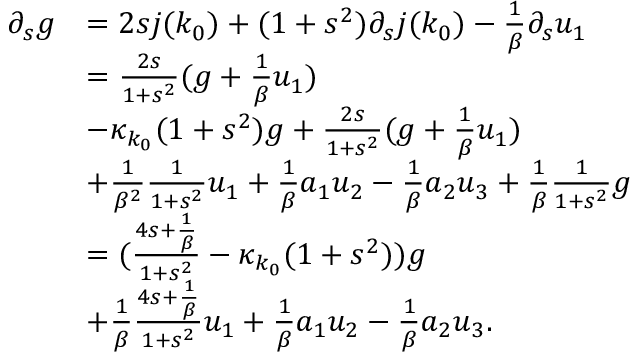
\begin{array} { r l } { \partial _ { s } g } & { = 2 s j ( k _ { 0 } ) + ( 1 + s ^ { 2 } ) \partial _ { s } j ( k _ { 0 } ) - \frac 1 \beta \partial _ { s } u _ { 1 } } \\ & { = \frac { 2 s } { 1 + s ^ { 2 } } ( g + \frac 1 \beta u _ { 1 } ) } \\ & { - \kappa _ { k _ { 0 } } ( 1 + s ^ { 2 } ) g + \frac { 2 s } { 1 + s ^ { 2 } } ( g + \frac 1 \beta u _ { 1 } ) } \\ & { + \frac 1 { \beta ^ { 2 } } \frac 1 { 1 + s ^ { 2 } } u _ { 1 } + \frac 1 \beta a _ { 1 } u _ { 2 } - \frac 1 \beta a _ { 2 } u _ { 3 } + \frac 1 \beta \frac 1 { 1 + s ^ { 2 } } g } \\ & { = ( \frac { 4 s + \frac 1 \beta } { 1 + s ^ { 2 } } - \kappa _ { k _ { 0 } } ( 1 + s ^ { 2 } ) ) g } \\ & { + \frac 1 \beta \frac { 4 s + \frac 1 \beta } { 1 + s ^ { 2 } } u _ { 1 } + \frac 1 \beta a _ { 1 } u _ { 2 } - \frac 1 \beta a _ { 2 } u _ { 3 } . } \end{array}